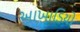
આખાડિયો